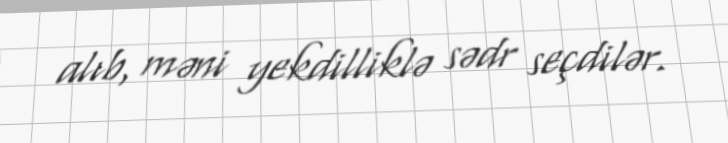
alıb, məni yekdilliklə sədr seçdilər.